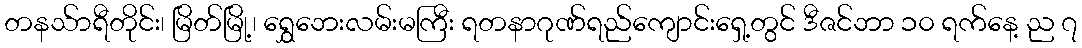
တနသ်ာရီတိုင်း၊ မြိတ်မြို့၊ ရွှေဘေးလမ်းမကြီး ရတနာဂုဏ်ရည်ကျောင်းရှေ့တွင် ဒီဇင်ဘာ ၁၀ ရက်နေ့ ည ၇